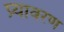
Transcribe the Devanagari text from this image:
प्र्यावरण